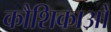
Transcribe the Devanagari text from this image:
कौशिकाओ